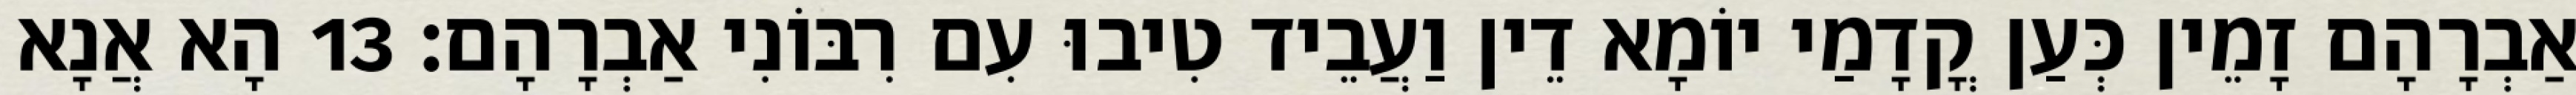
אַבְרָהָם זָמֵין כְּעַן קֳדָמַי יוֹמָא דֵין וַעֲבֵיד טִיבוּ עִם רִבּוֹנִי אַבְרָהָם׃ 13 הָא אֲנָא